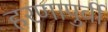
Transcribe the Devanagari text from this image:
हरणापुर्वी